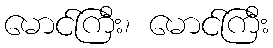
မောင်ကြီး၊ မောင်ကြီး